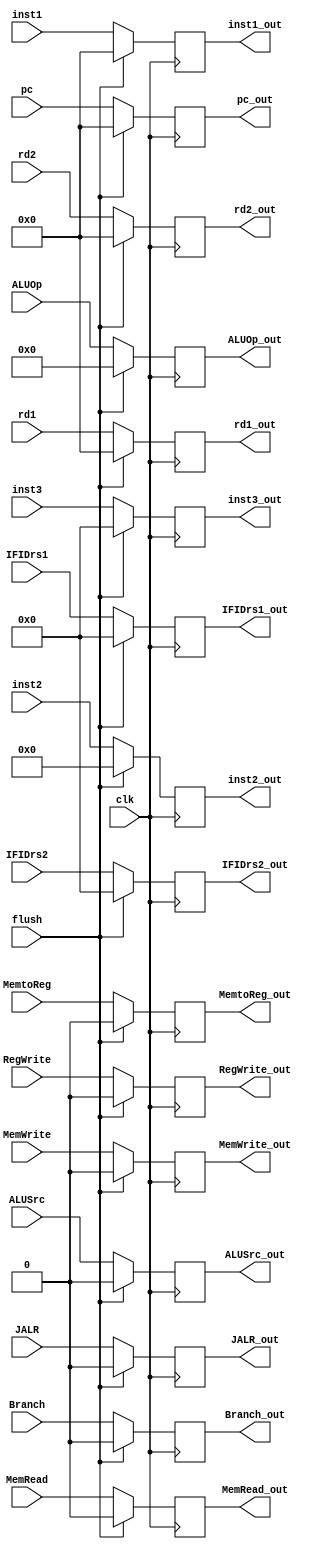


module P2_IDEX(
	input wire Branch,
	input wire MemRead,
	input wire MemtoReg,
	input wire [6:0]ALUOp,
	input wire MemWrite,
	input wire ALUSrc,
	input wire RegWrite,
	input wire [31:0]pc,
	input wire [31:0]rd1,
	input wire [31:0]rd2,
	input wire [31:0]inst1,
	input wire [3:0]inst2,
	input wire [4:0]inst3,
	input wire [4:0]IFIDrs1,
	input wire [4:0]IFIDrs2,
	input wire JALR,
	input flush,
	input clk,
	output wire Branch_out,
	output wire MemRead_out,
	output wire MemtoReg_out,
	output wire [6:0]ALUOp_out,
	output wire MemWrite_out,
	output wire ALUSrc_out,
	output wire RegWrite_out,
	output wire [31:0]pc_out,
	output wire [31:0]rd1_out,
	output wire [31:0]rd2_out,
	output wire [31:0]inst1_out,
	output wire [3:0]inst2_out,
	output wire [4:0]inst3_out,
	output wire [4:0]IFIDrs1_out,
	output wire [4:0]IFIDrs2_out,
	output wire JALR_out
	
);

	reg Branch_pipe;
	reg MemRead_pipe;
	reg MemtoReg_pipe;
	reg [6:0]ALUOp_pipe;
	reg MemWrite_pipe;
	reg ALUSrc_pipe;
	reg RegWrite_pipe;
	reg [31:0]pc_pipe;
	reg [31:0]rd1_pipe;
	reg [31:0]rd2_pipe;
	reg [31:0]inst1_pipe;
	reg [3:0]inst2_pipe;
	reg [4:0]inst3_pipe;
	reg [4:0]IFIDrs1_pipe;
	reg [4:0]IFIDrs2_pipe;
	reg JALR_pipe;

always @(posedge clk) begin

	if(flush) begin
	
		Branch_pipe <= 0;
		MemRead_pipe <= 0;
		MemtoReg_pipe <= 0;
		ALUOp_pipe[6:0] <= 0;
		MemWrite_pipe <= 0;
		ALUSrc_pipe <= 0;
		RegWrite_pipe <= 0;
		pc_pipe <= 0;
		rd1_pipe <= 0;
		rd2_pipe <= 0;
		inst1_pipe <= 0;
		inst2_pipe <= 0;
		inst3_pipe <= 0;
		IFIDrs1_pipe <= 0;
		IFIDrs2_pipe <= 0;
		JALR_pipe <= 0;
	
	end
	
	else begin
		Branch_pipe <= Branch;
		MemRead_pipe <= MemRead;
		MemtoReg_pipe <= MemtoReg;
		ALUOp_pipe[6:0] <= ALUOp[6:0];
		MemWrite_pipe <=MemWrite;
		ALUSrc_pipe <= ALUSrc;
		RegWrite_pipe <= RegWrite;
		pc_pipe <= pc;
		rd1_pipe <= rd1;
		rd2_pipe <= rd2;
		inst1_pipe <= inst1;
		inst2_pipe <= inst2;
		inst3_pipe <= inst3;
		IFIDrs1_pipe <= IFIDrs1;
		IFIDrs2_pipe <= IFIDrs2;
		JALR_pipe <= JALR;
	end
	end
	
	assign  Branch_out = Branch_pipe;
	assign  MemRead_out = MemRead_pipe;
	assign  MemtoReg_out=MemtoReg_pipe;
	assign  ALUOp_out=ALUOp_pipe;
	assign  MemWrite_out = MemWrite_pipe;
	assign  ALUSrc_out=ALUSrc_pipe;
	assign  RegWrite_out=RegWrite_pipe;
	assign  pc_out=pc_pipe;
	assign  rd1_out=rd1_pipe;
	assign  rd2_out=rd2_pipe;
	assign  inst1_out=inst1_pipe;
	assign  inst2_out=inst2_pipe;
	assign  inst3_out=inst3_pipe;
	assign IFIDrs1_out = IFIDrs1_pipe;
	assign IFIDrs2_out = IFIDrs2_pipe;
	assign JALR_out = JALR_pipe;
	
	
endmodule